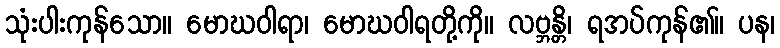
သုံးပါးကုန်သော။ မောဃဝါရာ၊ မောဃဝါရတို့ကို။ လဗ္ဘန္တိ၊ ရအပ်ကုန်၏။ ပန၊